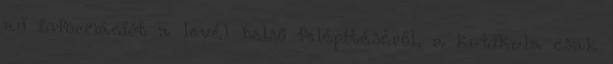
ad információt a levél belső felépítéséről, a kutikula csak